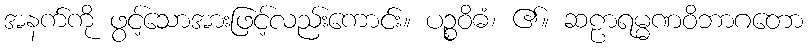
အနက်ကို ဖွင့်သောအားဖြင့်လည်းကောင်း။ ပဉ္စဝိဓံ၊ ၏။ ဆဠာရမ္မဏဝိဘာဂတော